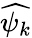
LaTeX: \widehat{\psi_{k}}